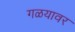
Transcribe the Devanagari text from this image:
गळयावर